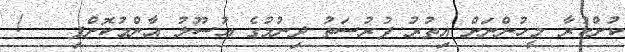
ކުށްކުރާ މީހުންނަށް އިތުރު ފުރުސަތު ދިނުމުގެ އުސޫލު އާންމުކޮށްފި   !